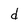
Character: d